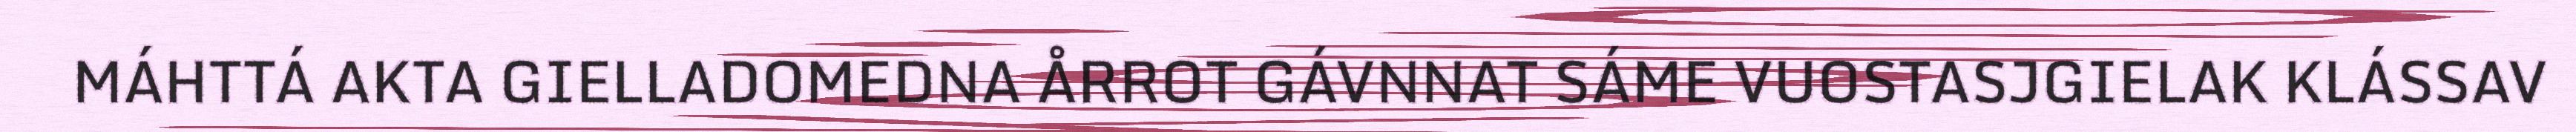
MÁHTTÁ AKTA GIELLADOMEDNA ÅRROT GÁVNNAT SÁME VUOSTASJGIELAK KLÁSSAV